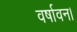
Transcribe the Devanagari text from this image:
वर्षावन।